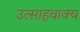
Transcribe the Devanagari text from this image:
उत्साहवाक्य